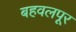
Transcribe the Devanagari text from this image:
बहवलपूर